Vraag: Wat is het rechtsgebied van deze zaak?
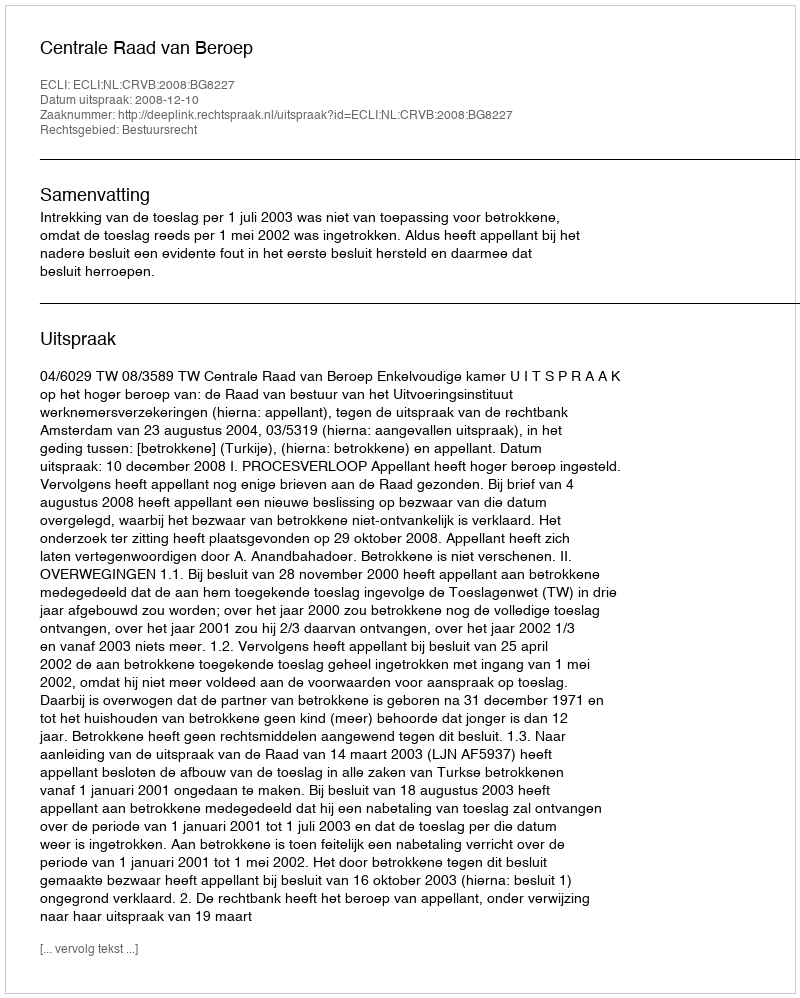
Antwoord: Bestuursrecht